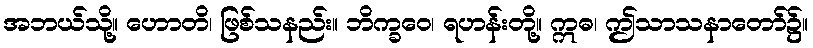
အဘယ်သို့။ ဟောတိ၊ ဖြစ်သနည်း။ ဘိက္ခဝေ၊ ရဟန်းတို့။ ဣဓ၊ ဤသာသနာတော်၌။